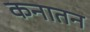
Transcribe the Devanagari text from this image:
कनातन